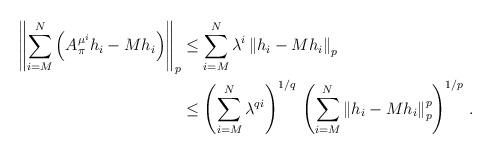
LaTeX: \begin{align*}\left\| \sum_{i=M}^N \left( A^{\mu^i}_\pi h_i - M{h_i} \right) \right\|_p & \le \sum_{i=M}^N \lambda^i \left\| h_i - M{h_i} \right\|_p\\&\le \left(\sum_{i=M}^N \lambda^{qi}\right)^{1/q}\, \left( \sum_{i=M}^N \left\| h_i - M{h_i} \right\|_p^p \right)^{1/p}\, .\end{align*}